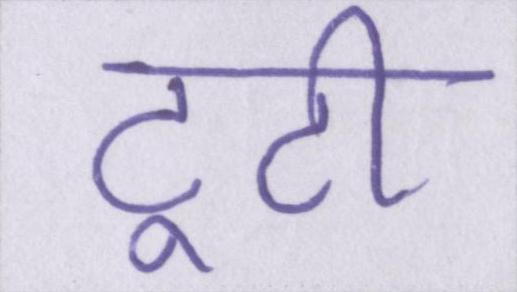
टूटी